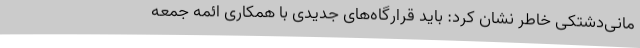
مانی‌دشتکی خاطر نشان کرد: باید قرارگاه‌های جدیدی با همکاری ائمه جمعه